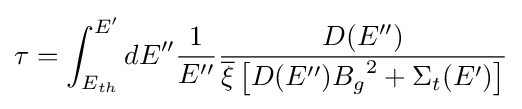
\tau =\int _{E_{th}}^{E'}dE''{\frac {1}{E''}}{\frac {D(E'')}{{\overline {\xi }}\left[D(E''){B_{g}}^{2}+\Sigma _{t}(E')\right]}}